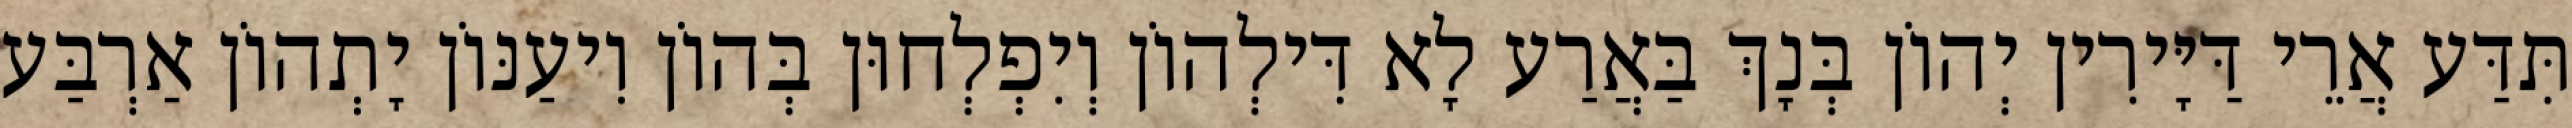
תִּדַּע אֲרֵי דַּיָּירִין יְהוֹן בְּנָךְ בַּאֲרַע לָא דִּילְהוֹן וְיִפְלְחוּן בְּהוֹן וִיעַנּוֹן יָתְהוֹן אַרְבַּע